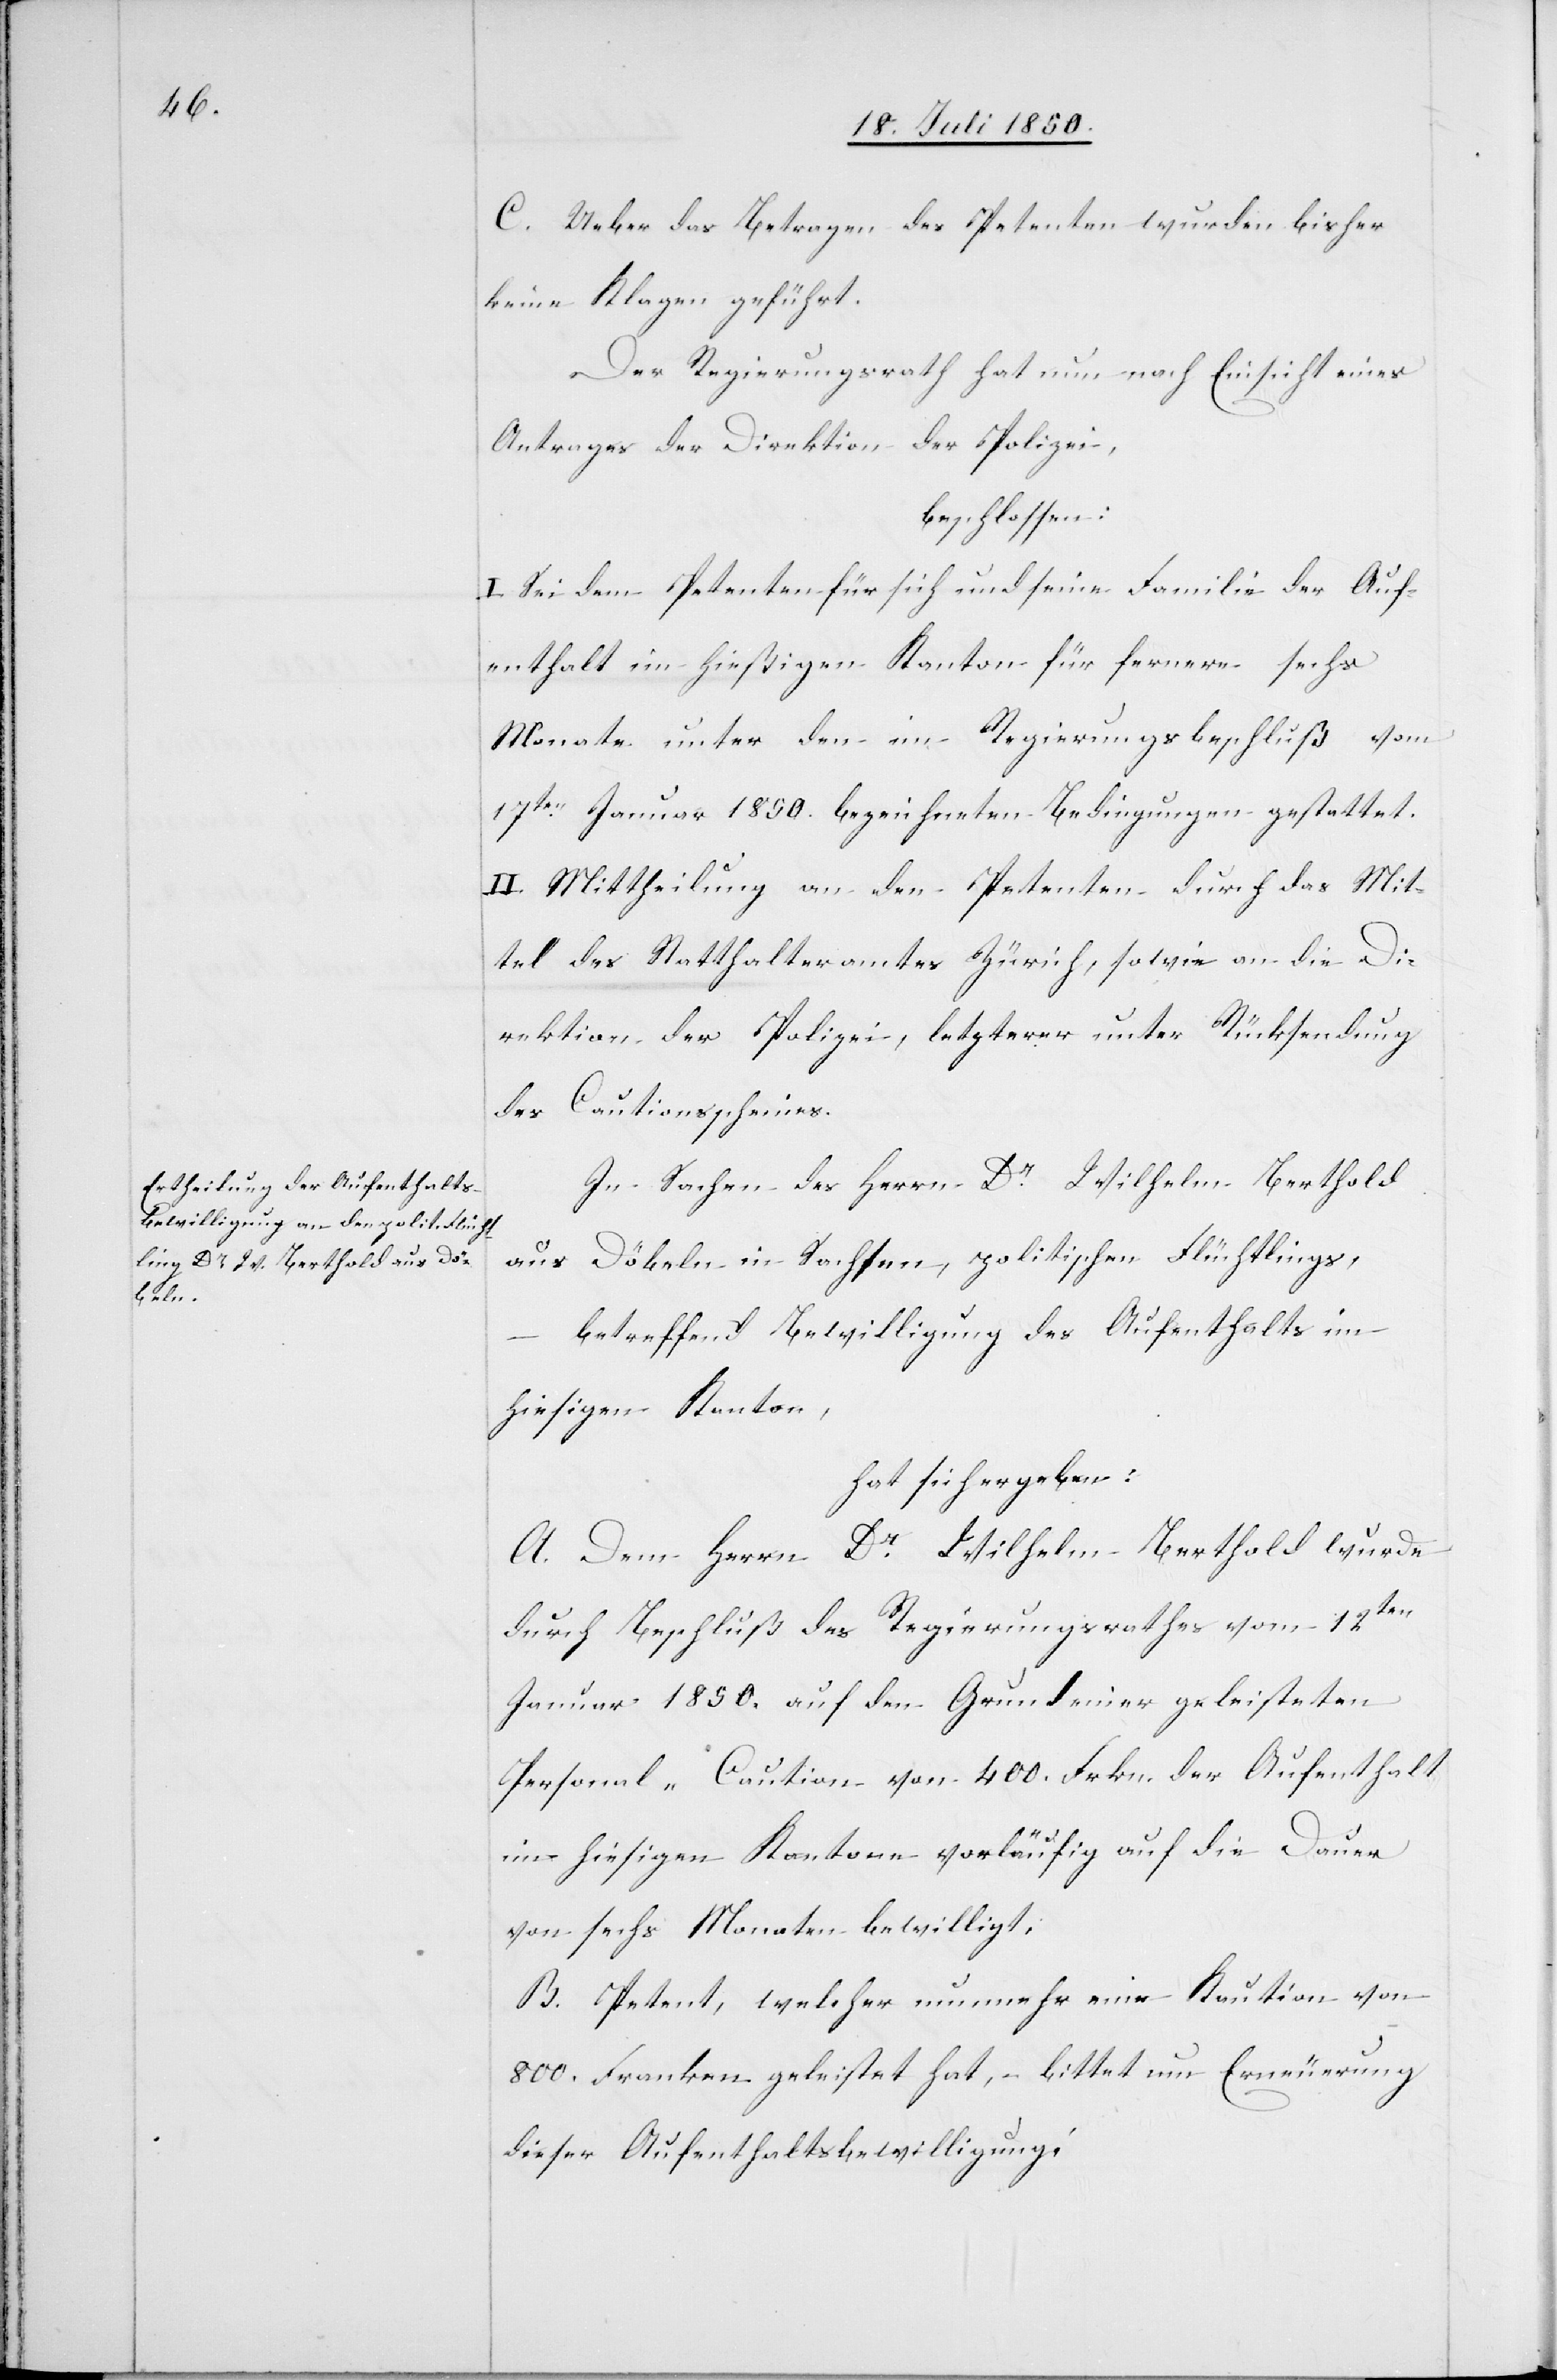
C. Ueber das Betragen des Petenten wurden bisher
keine Klagen geführt.
Der Regierungsrath hat nun nach Einsicht eines
Antrages der Direktion der Polizei,
beschlossen:
I. Sei dem Petenten für sich und seine Familie der Auf¬
enthalt im hießigen Kanton für fernere sechs
Monate unter den im Regierungsbeschluß vom
17ten Januar 1850. bezeichneten Bedingungen gestattet.
II. Mittheilung an den Petenten[,] an die Di¬
rektion der Polizei, letzterer unter Rücksendung
des Cautionsscheines.
In Sachen des Herrn Dr Wilhelm Berthold
aus Döbeln in Sachsen, politischen Flüchtlings,
betreffend Bewilligung des Aufenthalts im
hiesigen Kanton,
hat sich ergeben:
A. Dem Herrn Dr Wilhelm Berthold wurde
durch Beschluß des Regierungsrathes vom 12ten
Januar 1850. auf den Grund einer geleisteten
Personal-Caution von 400. Frkn. der Aufenthalt
im hieisgen Kantone vorläufig auf die Dauer
von sechs Monaten bewilligt;
B. Petent, welcher nunmehr eine Kaution von
800. Franken geleistet hat, – bittet um Erneuerung
dieser Aufenthaltsbewilligung;